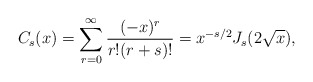
\begin{align*}C_{s}(x) = \sum_{r=0}^{\infty}\frac{(-x)^{r}}{r! (r + s)!} = x^{-s/2} J_{s}(2\sqrt{x}),\end{align*}